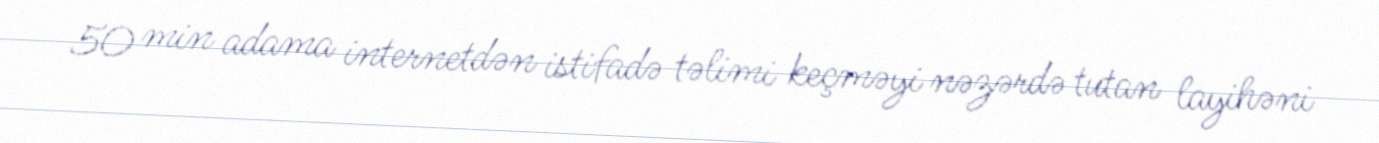
50 min adama internetdən istifadə təlimi keçməyi nəzərdə tutan layihəni